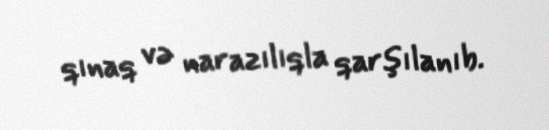
qınaq və narazılıqla qarşılanıb.